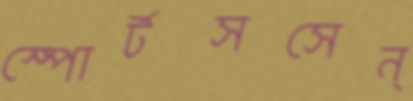
স্পোর্টসসেন্